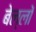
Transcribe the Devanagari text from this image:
बेल्लों